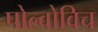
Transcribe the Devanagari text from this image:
पोल्वोविच